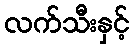
လက်သီးနှင့်